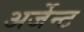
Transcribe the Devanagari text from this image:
अर्जेन्ट